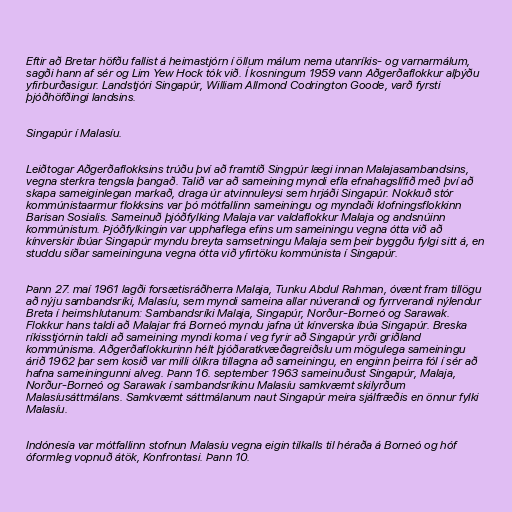
Eftir að Bretar höfðu fallist á heimastjórn í öllum málum nema utanríkis- og varnarmálum,
sagði hann af sér og Lim Yew Hock tók við. Í kosningum 1959 vann Aðgerðaflokkur alþýðu
yfirburðasigur. Landstjóri Singapúr, William Allmond Codrington Goode, varð fyrsti
þjóðhöfðingi landsins.

Singapúr í Malasíu.

Leiðtogar Aðgerðaflokksins trúðu því að framtíð Singpúr lægi innan Malajasambandsins,
vegna sterkra tengsla þangað. Talið var að sameining myndi efla efnahagslífið með því að
skapa sameiginlegan markað, draga úr atvinnuleysi sem hrjáði Singapúr. Nokkuð stór
kommúnistaarmur flokksins var þó mótfallinn sameiningu og myndaði klofningsflokkinn
Barisan Sosialis. Sameinuð þjóðfylking Malaja var valdaflokkur Malaja og andsnúinn
kommúnistum. Þjóðfylkingin var upphaflega efins um sameiningu vegna ótta við að
kínverskir íbúar Singapúr myndu breyta samsetningu Malaja sem þeir byggðu fylgi sitt á, en
studdu síðar sameininguna vegna ótta við yfirtöku kommúnista í Singapúr.

Þann 27. maí 1961 lagði forsætisráðherra Malaja, Tunku Abdul Rahman, óvænt fram tillögu
að nýju sambandsríki, Malasíu, sem myndi sameina allar núverandi og fyrrverandi nýlendur
Breta í heimshlutanum: Sambandsríki Malaja, Singapúr, Norður-Borneó og Sarawak.
Flokkur hans taldi að Malajar frá Borneó myndu jafna út kínverska íbúa Singapúr. Breska
ríkisstjórnin taldi að sameining myndi koma í veg fyrir að Singapúr yrði griðland
kommúnisma. Aðgerðaflokkurinn hélt þjóðaratkvæðagreiðslu um mögulega sameiningu
árið 1962 þar sem kosið var milli ólíkra tillagna að sameiningu, en enginn þeirra fól í sér að
hafna sameiningunni alveg. Þann 16. september 1963 sameinuðust Singapúr, Malaja,
Norður-Borneó og Sarawak í sambandsríkinu Malasíu samkvæmt skilyrðum
Malasíusáttmálans. Samkvæmt sáttmálanum naut Singapúr meira sjálfræðis en önnur fylki
Malasíu.

Indónesía var mótfallinn stofnun Malasíu vegna eigin tilkalls til héraða á Borneó og hóf
óformleg vopnuð átök, Konfrontasi. Þann 10.